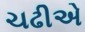
ચઢીએ